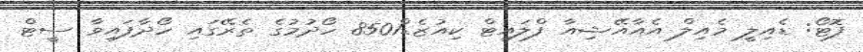
ފޮޓޯ: ޑެއިލީ މެއިލް އެއާއޭޝިއާ ފްލައިޓް ކިއުޒެޑް8501 ހޯދުމުގެ ތެރޭގައި ހޯދާފައިވާ ސީޓް